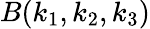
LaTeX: B(k_{1},k_{2},k_{3})